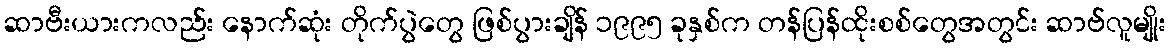
ဆာဗီးယားကလည်း နောက်ဆုံး တိုက်ပွဲတွေ ဖြစ်ပွားချိန် ၁၉၉၅ ခုနှစ်က တန်ပြန်ထိုးစစ်တွေအတွင်း ဆာဗ်လူမျိုး